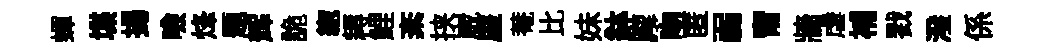
蟬堞揚噞烽题辉詭緫耨鯉紊挟崴厔菴比妹鉢廨吻匿弱甯牆虐補戮潑係